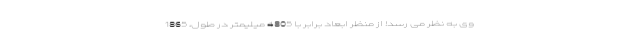
وی به نظر می رسد! از منظر ابعاد برابر با 4805 میلیمتر در طول، 1865